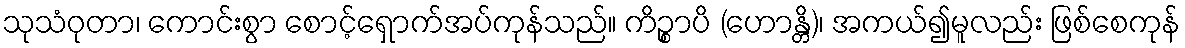
သုသံဝုတာ၊ ကောင်းစွာ စောင့်ရှောက်အပ်ကုန်သည်။ ကိဉ္စာပိ (ဟောန္တိ)၊ အကယ်၍မူလည်း ဖြစ်စေကုန်